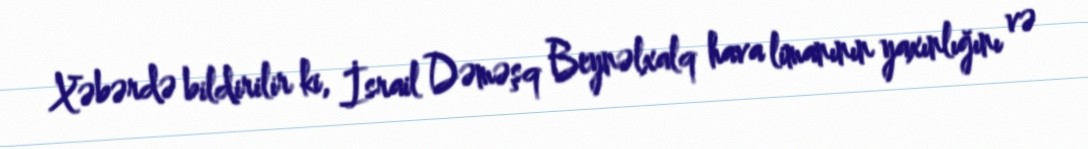
Xəbərdə bildirilir ki, İsrail Dəməşq Beynəlxalq hava limanının yaxınlığını və